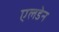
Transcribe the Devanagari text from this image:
एलडेन